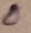
Text: O